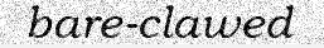
bare-clawed